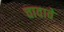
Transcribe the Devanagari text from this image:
चावावे